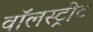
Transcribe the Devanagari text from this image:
वॉलस्ट्रीट